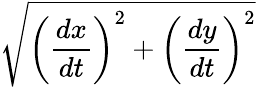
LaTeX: \sqrt{\left({\frac{dx}{dt}}\right)^{2}+\left({\frac{dy}{dt}}\right)^{2}}